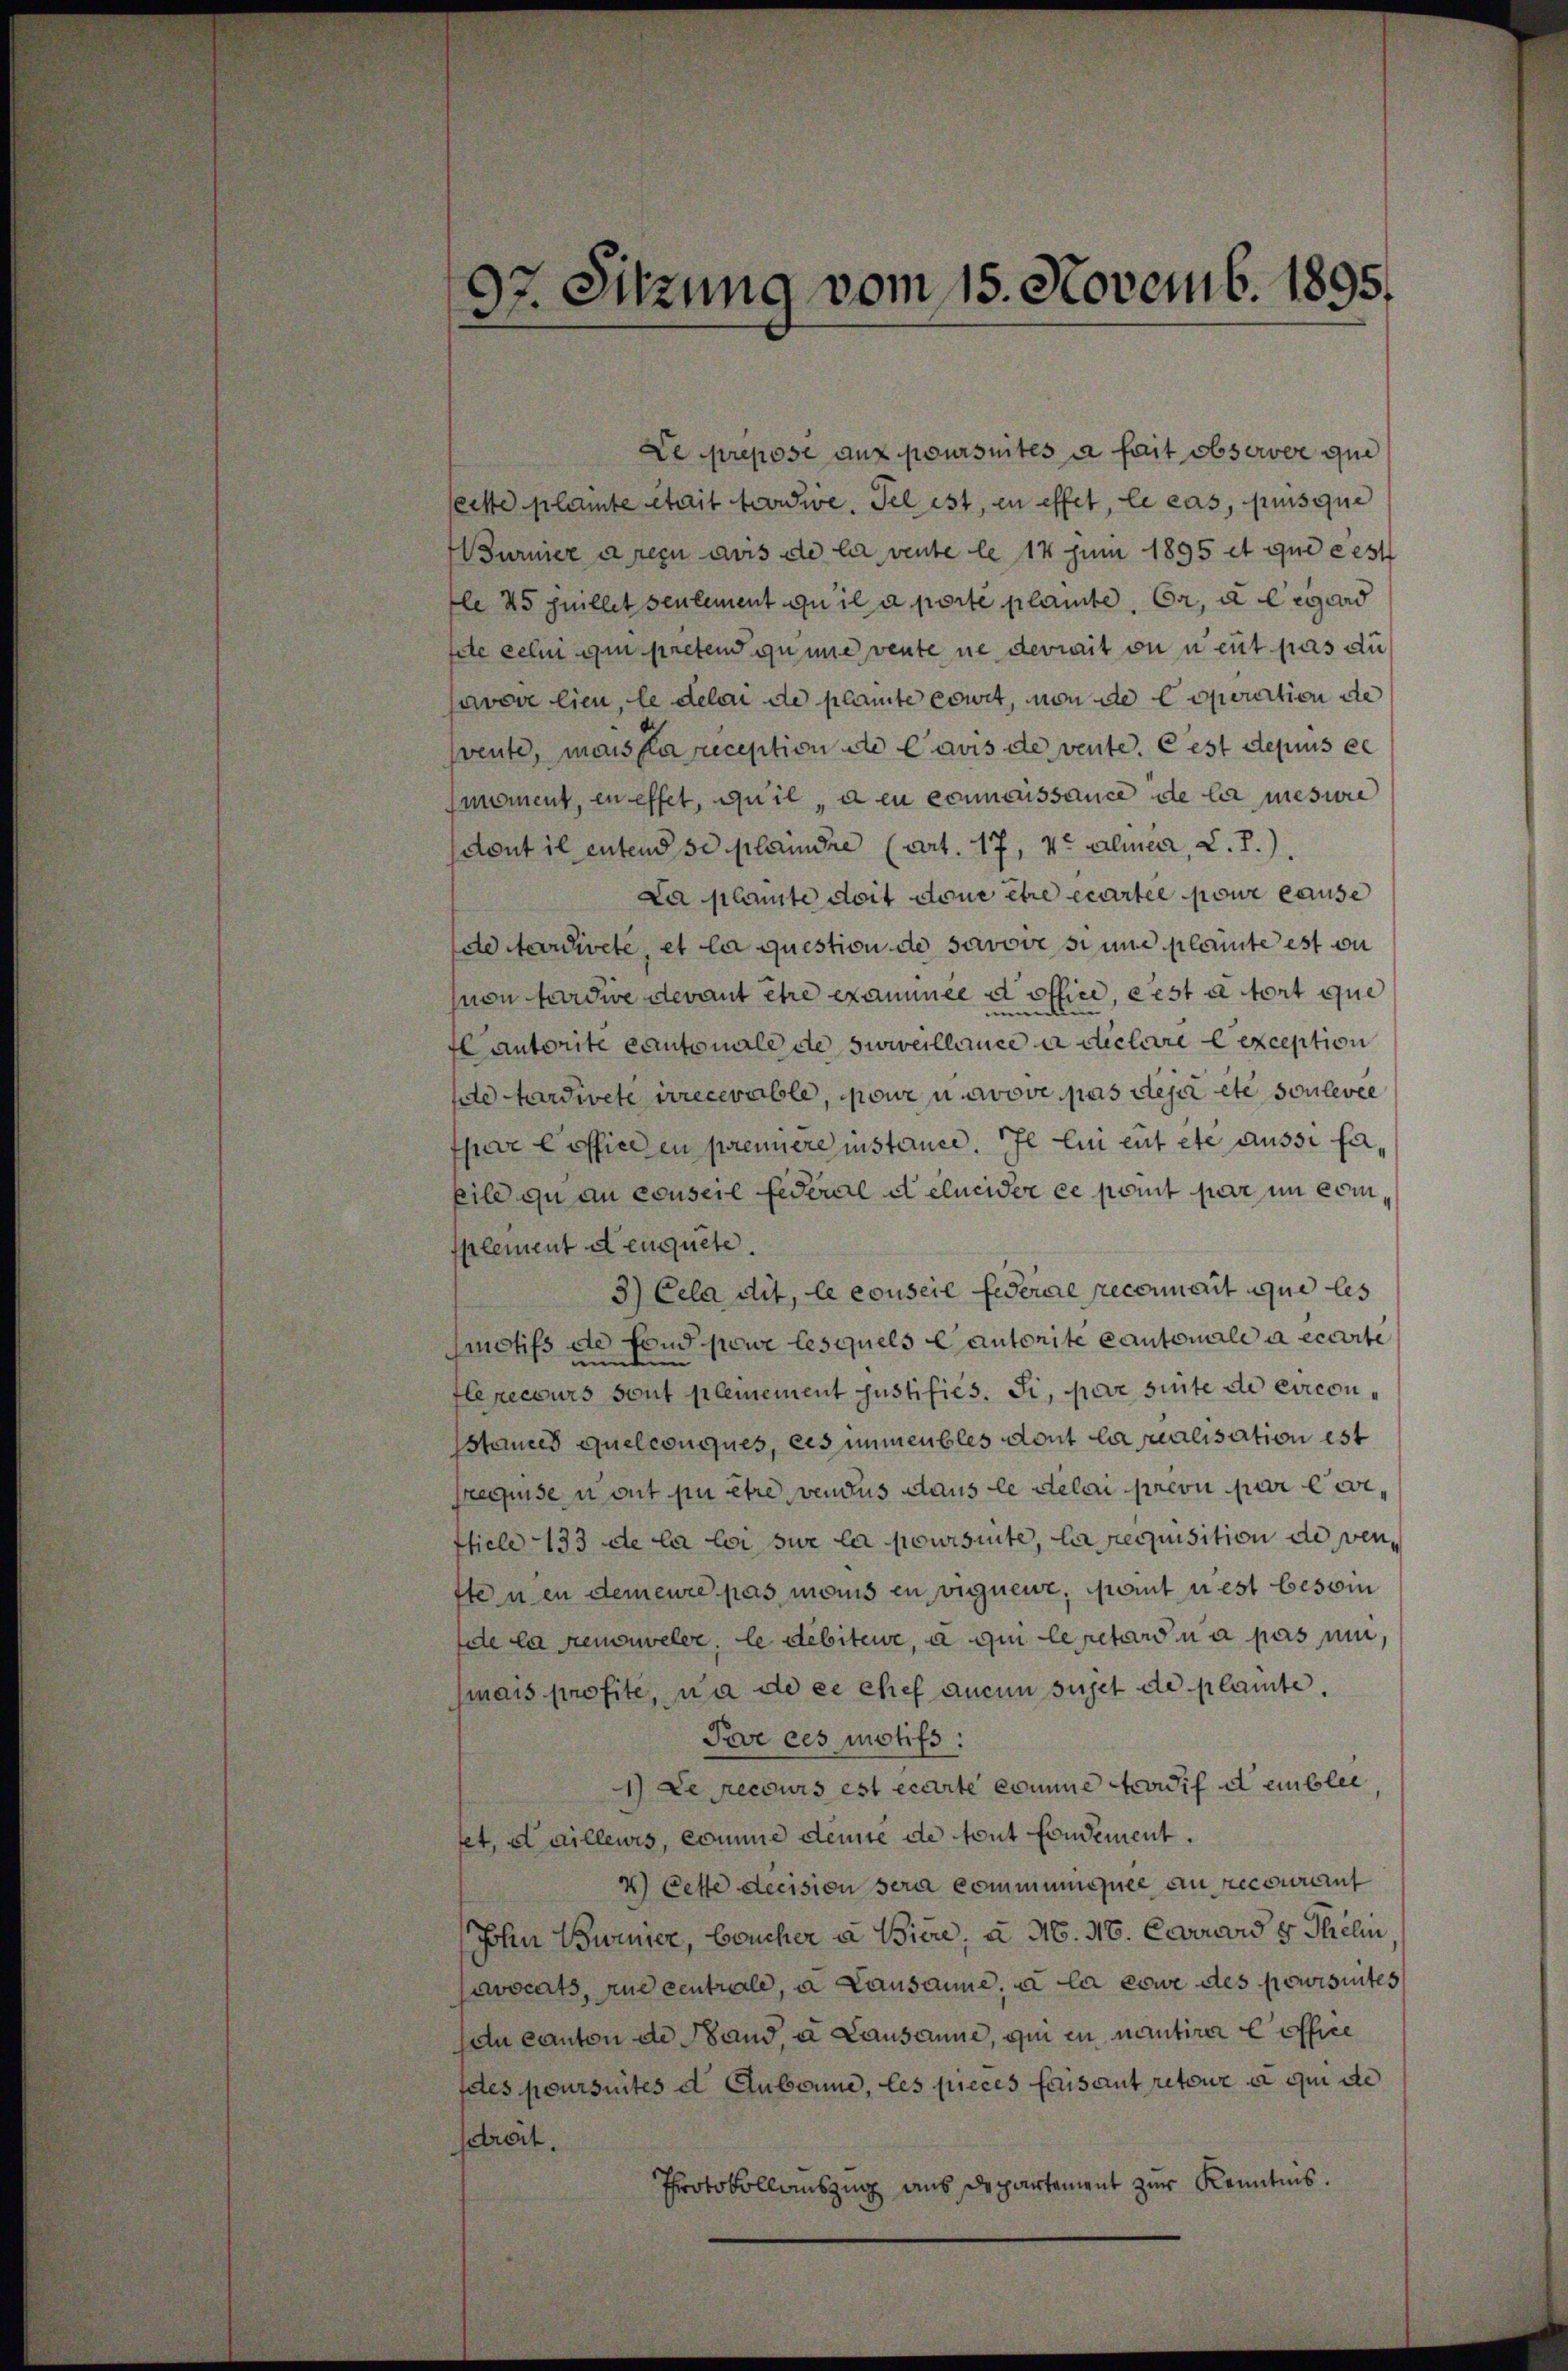
97. Sitzung vom 15. Novemb. 1895.

Le prepose aux poursuites à fait observer que
erste plante stait tarde. Fel ist, in effet, le cas, puis que
urnier a reçu avis de la vente le 14 Juni 1895 et que eest
fle 25 Juillet seulement qui a porté plainte, Er, a legard
file celui qui pretend gumme vente ne devrait on neut pas du
savoir lieu, le delai de plante court, von de Coportion de
freute, mais la reception de Cavis de vente. Cest depuis ex
moment, en effet, quil, den connaissance de la mesure
dont il entend so planire (Art. 17, vor almer, C. R.)
La plante doit drue être écartel pour cause
dditardirete, et la question de savove si une plante est au
non tardire devant être exammel d office, erst a fort que
um
autorite cantonale de surveillance a declare lexception
e tardivete recevable, pour un avove pas deper etc soulevée
spar l’officien première instance. Il lui eut etc aussi farbild zu au conseil Federal et elucider ee komt par im complement a euquete
3) Cela dit, le conseil Federae reconnait que les
smotifs de fond powe lesquels Cantonite Cantonale a écarte
fle recours sont plemement justifiés. Si, par sinte de circonsteres quelconques, des immeubles dont la sualisation est
recpusen mit pu être vendus dans le délai prevu par leiticle 133 de la loi sue la poursinte, la requisition de venttenen demeure pas mans en vignen, sont rest besoin
fite la femmeler, le débiteur, à qui lepetarsi a pas um,
mais profite, wa de ce chef aucun sujet de plainte.
Proe ces motifs:
1) Le recours est écarte komme erwif d einblei
tet, dailleurs, comme deute de tout fondement.
4) Cette decision sera communiquée au recourt
(John Biener, Brucher a. Biere, a M. 16. Ccoward 8 Thelin
Javocats, und centrale, a Lausanne, à la come des pouisites
en Canton de Band, u Lausanne, qui en nantirer Coffice
fates poursuites d. Aubonne, les pieces faisant retour a qui de
streit.
Protokollauszug aus Departement zur Kenntnis.